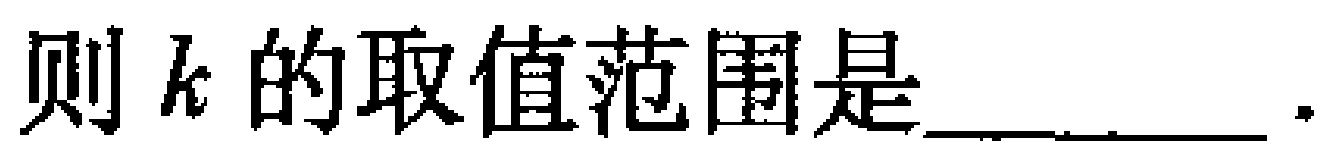
则\(k\)的取值范围是____.